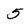
Character: 5